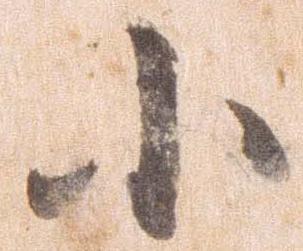
小